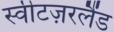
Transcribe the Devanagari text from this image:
स्वीटज़रलैंड